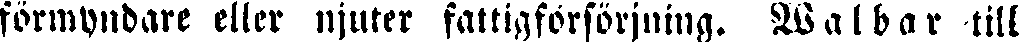
förmyndare eller njuter fattigförsörjning. Walbar till